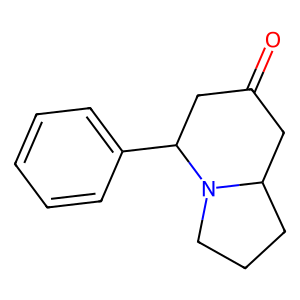
SMILES: O=C1CC2CCCN2C(c2ccccc2)C1
Inhibits HIV replication: No